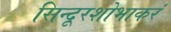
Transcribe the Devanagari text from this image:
सिन्दूरशोभाकरं